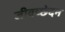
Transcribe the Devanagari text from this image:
जीवच्छेदन